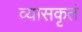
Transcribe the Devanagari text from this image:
व्यासकृतं